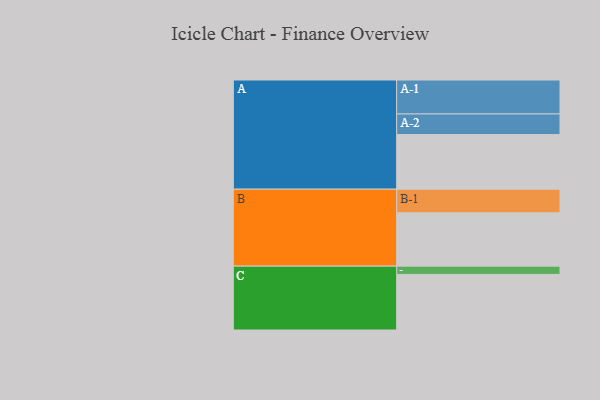
{"axis": {"x": "Segment", "y": "Value"}, "legend": ["", "A", "B", "C"], "data": [{"x": "A", "y": 351, "type": ""}, {"x": "B", "y": 342, "type": ""}, {"x": "C", "y": 357, "type": ""}, {"x": "A-1", "y": 218, "type": "A"}, {"x": "A-2", "y": 132, "type": "A"}, {"x": "B-1", "y": 152, "type": "B"}, {"x": "C-1", "y": 53, "type": "C"}]}